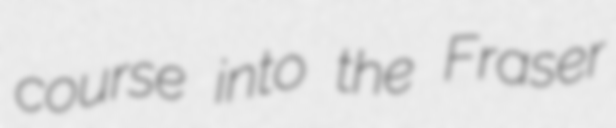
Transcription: course into the Fraser